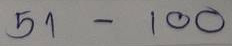
51 - 100